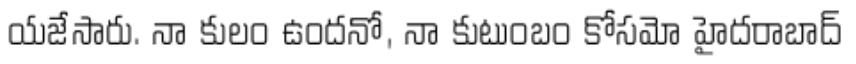
యజేసారు. నా కులం ఉందనో, నా కుటుంబం కోసమో హైదరాబాద్